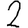
Digit: 2